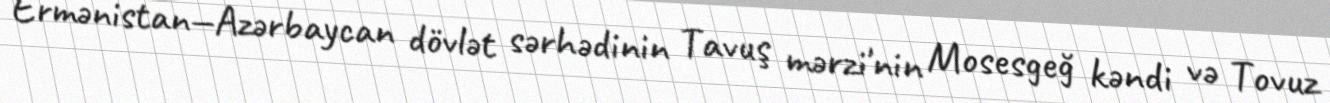
Ermənistan—Azərbaycan dövlət sərhədinin Tavuş mərzi'nin Mosesgeğ kəndi və Tovuz